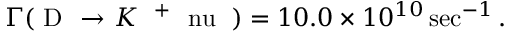
\Gamma ( { \mathrm { ~ D ~ } } { \mathrm { ~ \rightarrow ~ } } K { \mathrm { ~ \ell ^ { + } ~ \ n u _ { \ell } ~ } } ) = 1 0 . 0 \times 1 0 ^ { 1 0 } \sec ^ { - 1 } .